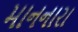
માનનારા